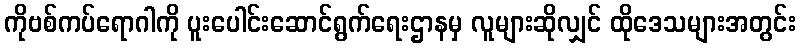
ကိုဗစ်ကပ်ရောဂါကို ပူးပေါင်းဆောင်ရွက်ရေးဌာနမှ လူများဆိုလျှင် ထိုဒေသများအတွင်း